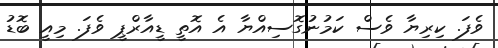
ވެފަ. ކިރިޔާ ވެސް ކަމުނުގޮސިއްޔާ އެ އޮތީ ޑީއާރްޕީ ވެފަ. މިއީ ބޮޑު